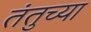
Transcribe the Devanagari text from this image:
तंतुच्या